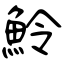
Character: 魿